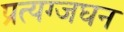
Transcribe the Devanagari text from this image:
प्रत्यग्जघन